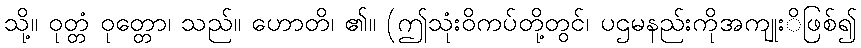
သို့။ ဝုတ္တံ ဝုတ္တော၊ သည်။ ဟောတိ၊ ၏။ (ဤသုံးဝိကပ်တို့တွင်၊ ပဌမနည်းကိုအကျုးိဖြစ်၍